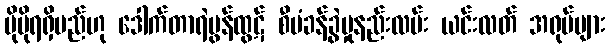
ပိုမိုရရှိမည်ဟု ဒေါက်တာရဲမွန်ထွဋ် စီမံခန့်ခွဲမှုနည်းလမ်း ယင်းလတ် အရုပ်များ